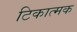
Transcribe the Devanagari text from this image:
टिकात्मक